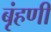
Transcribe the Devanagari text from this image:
बृंहणी